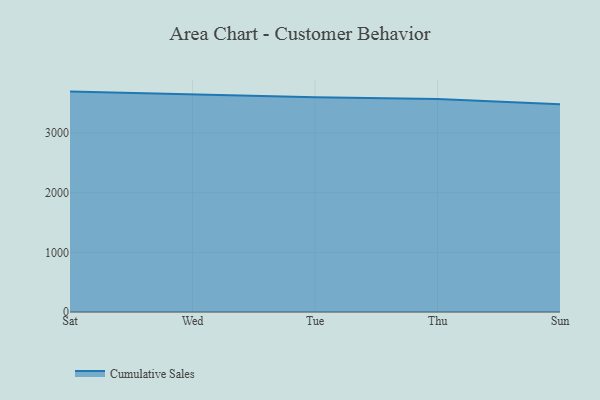
{"axis": {"x": "Day", "y": "Budget (USD K)"}, "legend": ["Cumulative Sales"], "data": [{"x": "Sat", "y": 3691.5, "type": "Cumulative Sales"}, {"x": "Wed", "y": 3639.7, "type": "Cumulative Sales"}, {"x": "Tue", "y": 3596.7, "type": "Cumulative Sales"}, {"x": "Thu", "y": 3565.5, "type": "Cumulative Sales"}, {"x": "Sun", "y": 3478.6, "type": "Cumulative Sales"}]}